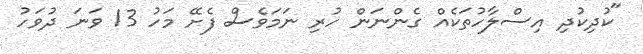
"ކުދިކުދި އިސްލާހުތަކެއް ގެންނަން ހުރި ނަމަވެސް ފެށޭ މަހު 13 ވަނަ ދުވަހު